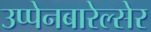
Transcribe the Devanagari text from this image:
उप्पेनबारेल्सेर